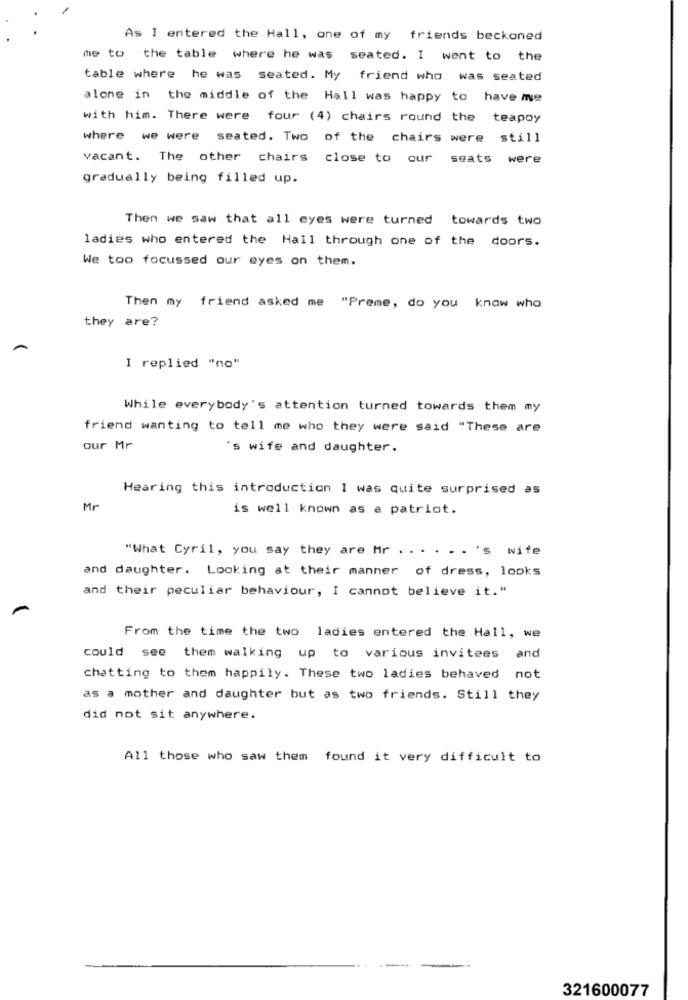
As I entered the Hall, one of my friends beckoned
me to the table where he was seated. I want to the
table where he was seated. My friend who was seated
alone in the middle of the Hall was happy to have me
with him. There were four (4) chairs round the teapoy
where we were seated. Two of the chairs were still
vacant. The other chairs close to our seats were
gradually being filled up.
Then we saw that all eyes were turned towards two
ladies who entered the Hall through one of the doors.
We too focussed our eyes on them.
Then my friend asked me "Preme, do you know who
they are?
I replied "no"
While everybody's attention turned towards them my
friend wanting to tell me who they were said "These are
our Mr
's wife and daughter.
Hearing this introduction I was quite surprised as
Mr
is well known as a patriot.
"What Cyril, you say they are Mr . . . . .. 's wife
and daughter. Looking at their manner of dress, looks
and their peculiar behaviour, I cannot believe it."
From the time the two ladies entered the Hall, we
could see them walking up to various invitees and
chatting to them happily. These two ladies behaved not
as a mother and daughter but as two friends. Still they
did not sit anywhere.
All those who saw them found it very difficult to
321600077